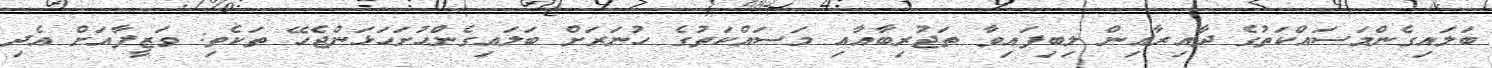
ބަލައިގެންމަސައްކަތުގެ ދާއިރާއިން ލިބިފައިވާ ތަޖުރިބާއާއި މަސައްކަތުގެ ހުނަރަށް ބަލައިގެންހުށަހަޅަންޖެހޭ ތަކެތި: ވަޒީފާއަށް އެދި